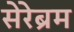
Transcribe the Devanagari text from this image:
सेरेब्रम